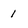
Character: 1